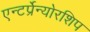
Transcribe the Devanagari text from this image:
एन्टर्प्रेन्योरशिप